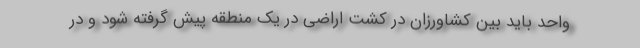
واحد باید بین کشاورزان در کشت اراضی در یک منطقه پیش گرفته شود و در